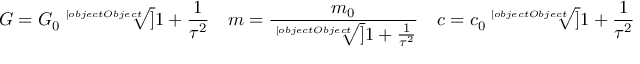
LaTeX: G = G _ { 0 } { \sqrt [ [object Object] ] { 1 + { \frac { 1 } { \tau ^ { 2 } } } } } \quad m = { \frac { m _ { 0 } } { \sqrt [ [object Object] ] { 1 + { \frac { 1 } { \tau ^ { 2 } } } } } } \quad c = c _ { 0 } { \sqrt [ [object Object] ] { 1 + { \frac { 1 } { \tau ^ { 2 } } } } }